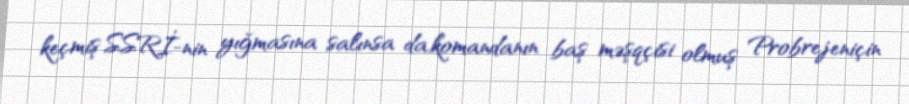
keçmiş SSRİ-nin yığmasına salınsa da,komandanın baş məşqçisi olmuş Probrejeniçin